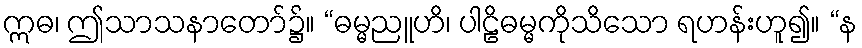
ဣဓ၊ ဤသာသနာတော်၌။ “ဓမ္မညူဟိ၊ ပါဠိဓမ္မကိုသိသော ရဟန်းဟူ၍။ “န